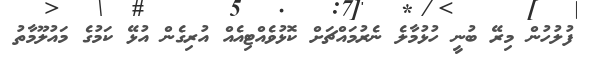
ފުލުހުން މިރޭ ބުނީ ހުޅުމާލެ ނެރުމައްޗަށް ކޮޅުވެއްޓިއެއް އުރިގެން އުޅޭ ކަމުގެ މައުލޫމާތު